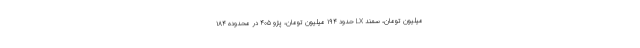
میلیون تومان، سمند LX حدود ۱۹۴ میلیون تومان، پژو ۴۰۵ در محدوده ۱۸۴